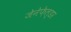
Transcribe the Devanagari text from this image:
जेनेफ़ेल्डर